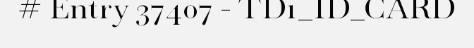
# Entry 37407 - TD1_ID_CARD